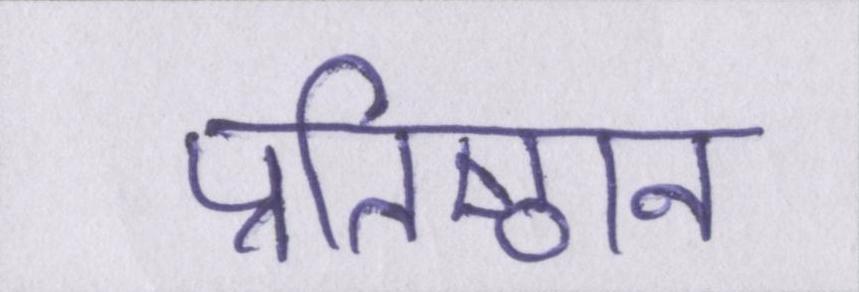
प्रतिष्ठान